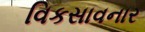
વિકસાવનાર